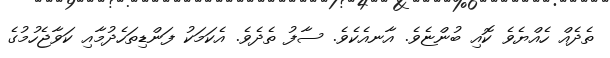
ތެދެއް ހެއްޔެވެ ކޮއި ބުންޏެވެ. އާނއެކެވެ. ސާފު ތެދެވެ. އެކަމަކު ފަންޑިތަހެދުމާއި ކަވާޖެހުމުގެ